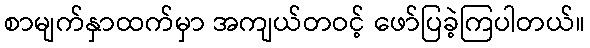
စာမျက်နှာထက်မှာ အကျယ်တဝင့် ဖော်ပြခဲ့ကြပါတယ်။